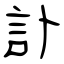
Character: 訃